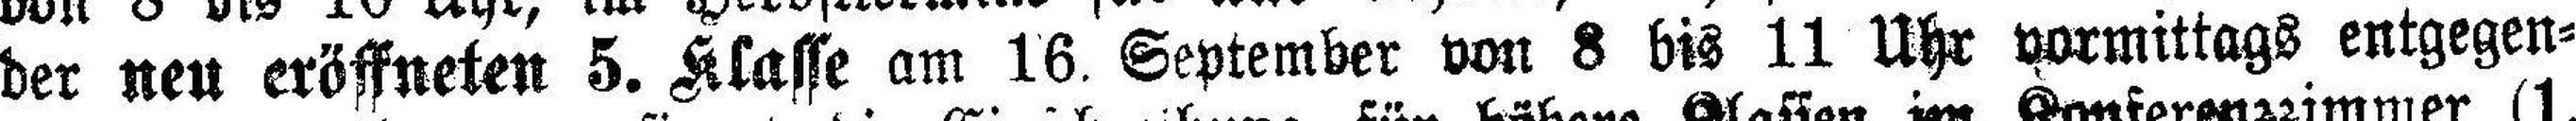
der neu eröffneten 5. Klasse am 16. September von 8 bis 11 Uhr vormittags entgegen¬